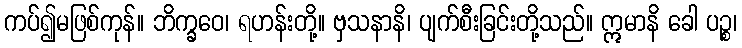
ကပ်၍မဖြစ်ကုန်။ ဘိက္ခဝေ၊ ရဟန်းတို့။ ဗှသနာနိ၊ ပျက်စီးခြင်းတို့သည်။ ဣမာနိ ခေါ ပဉ္စ၊